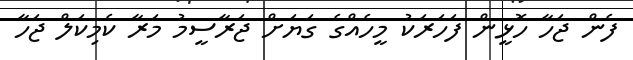
ފެން ޖަހާ ހޮޅީން ފަހަރަކު މީހެއްގެ ގަޔަށް ޖަރާސީމު މަރާ ކެމިކަލް ޖަހާ